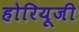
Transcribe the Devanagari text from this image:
होरियूजी